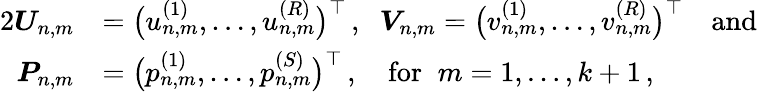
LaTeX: \begin{array}{rl}{{2}\boldsymbol U_{n,m}}&{=\big(u_{n,m}^{(1)},\ldots,u_{n,m}^{(R)}\big)^{\top}\, ,\; \; \boldsymbol V_{n,m}=\big(v_{n,m}^{(1)},\ldots,v_{n,m}^{(R)}\big)^{\top}\quad\mathrm{and}}\\ {\boldsymbol P_{n,m}}&{=\big(p_{n,m}^{(1)},\ldots,p_{n,m}^{(S)}\big)^{\top}\, ,\quad\mathrm{for}\; \; m=1,\ldots,k+1\, ,}\end{array}